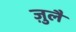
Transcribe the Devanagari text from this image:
ज़ुलै